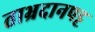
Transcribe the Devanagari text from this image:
ताभ्रदानपट्ट